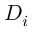
D _ { i }